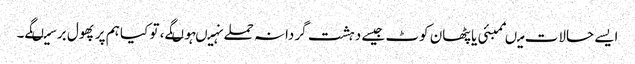
ایسے حالات میںممبئی یا پٹھان کوٹ جیسے دہشت گردانہ حملے نہیںہوںگے، تو کیا ہم پر پھول برسیںگے۔